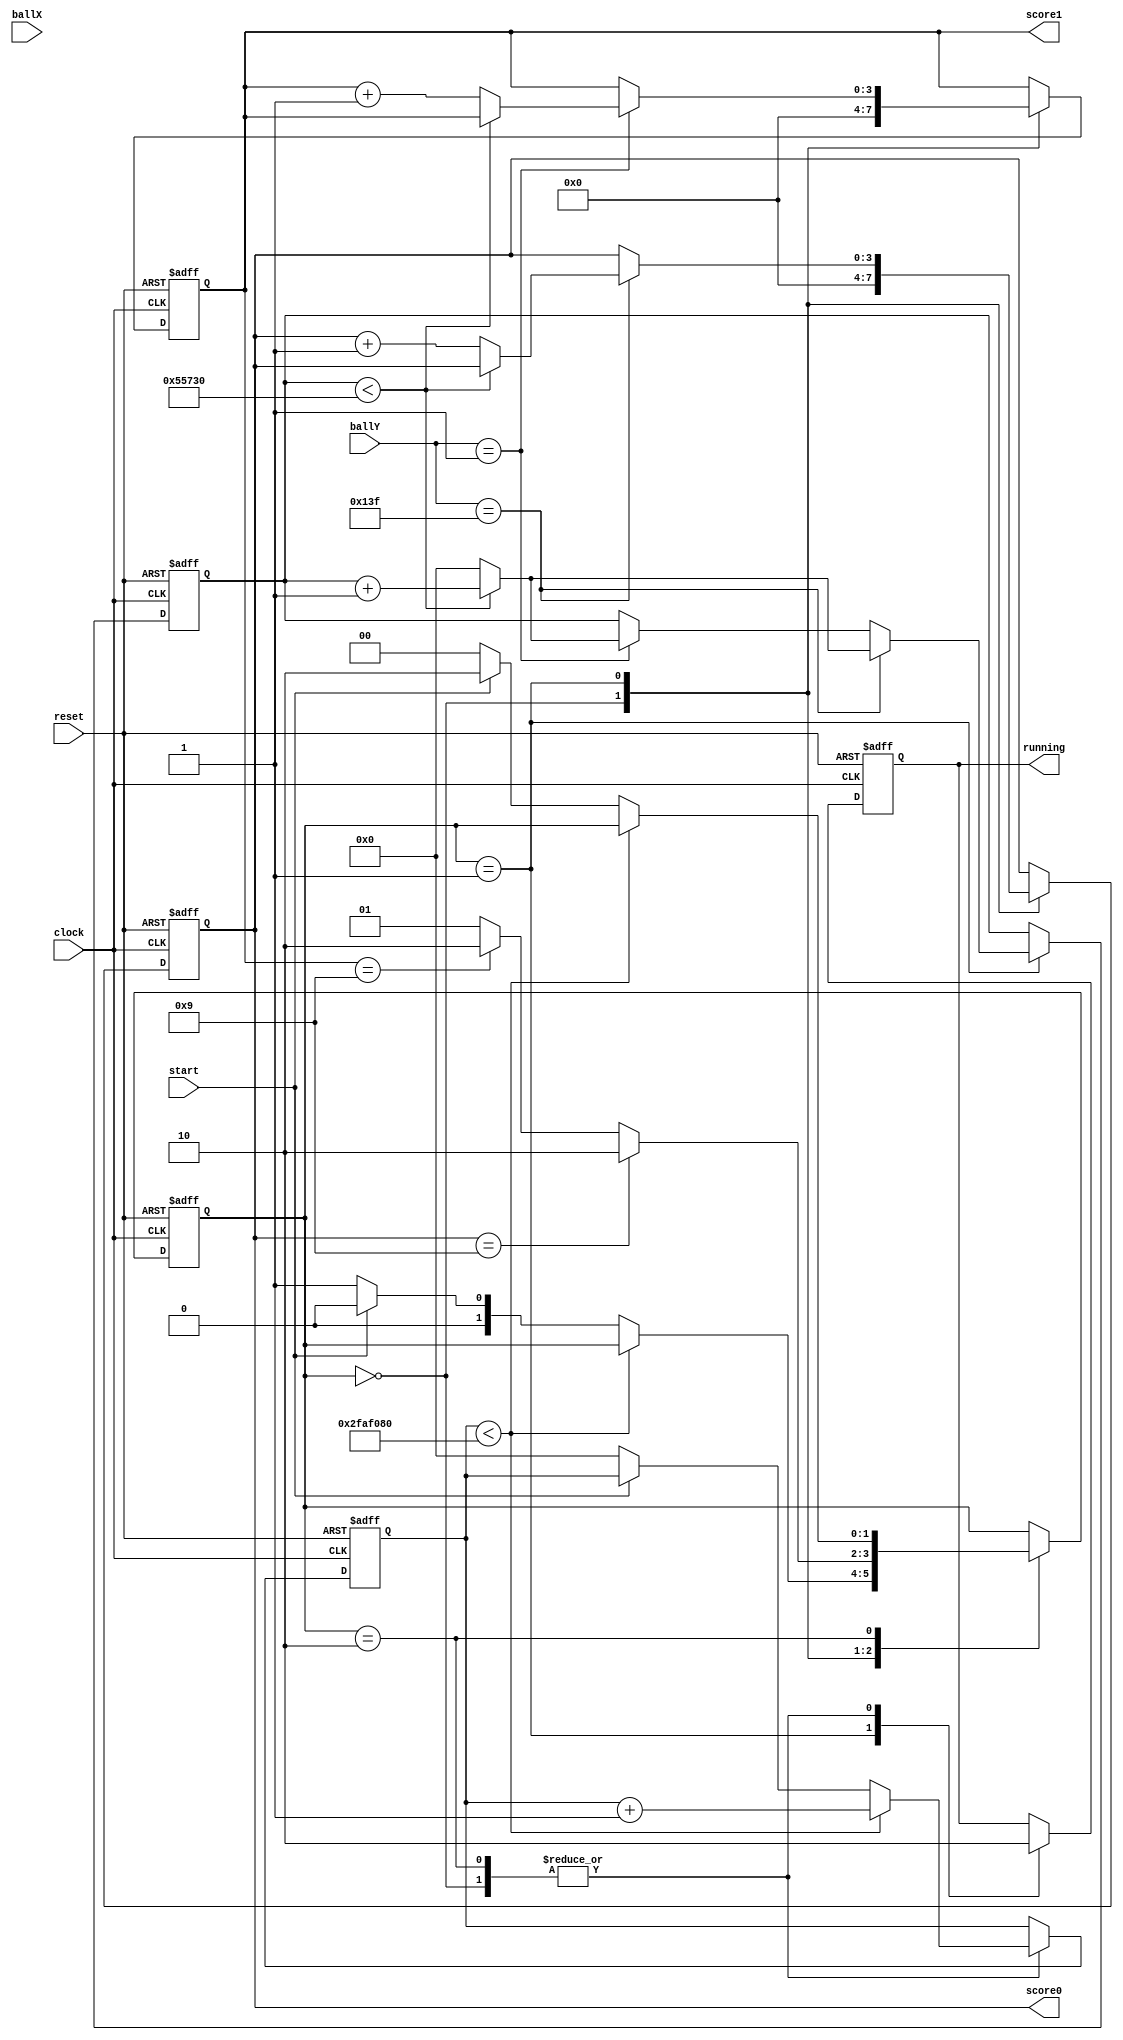
module PongFSM #(
	parameter SPEED = 500000,
	parameter HEIGHT = 320
)(
	input clock,
   input reset,
   input start,
	
	input [7:0]	ballX,
	input [8:0] ballY,
	
	output reg running,
	output reg [3:0] score0,
	output reg [3:0] score1
);

//invert input
wire nstart = ~start;

//game parameter
localparam MAXSCORE = 9;
localparam MOD_SPEED = SPEED - 150000;
localparam SEC = 50000000;

//FSM registers
reg [1:0] state;
reg [31:0] ballCount;
reg [31:0] secCount;

//states
localparam WAITING = 2'b00;
localparam RUNNING = 2'b01;
localparam GAMEOVER = 2'b10;

//the state machine, the displayed messages handled by separate 7seg manager
always @ (posedge clock or posedge reset) begin

	if (reset) begin
	
		score0 <= 4'b0;
		score1 <= 4'b0;
		running <= 1'b0;
		ballCount <= 32'b0;
		secCount <= 32'b0;
		state <= WAITING;
		
	end else begin
	
		case (state)
		
		//wait for button press, display "pong"
		WAITING: begin
			
			score0 <= 4'b0;
			score1 <= 4'b0;
			running <= 1'b0;
			
			//wait a sec first so key press from game over screen does not get picked up.
			if (secCount < SEC) begin
			
				secCount <= secCount + 1'b1;
				
			end else begin
			
				if (nstart == 1'b1) begin
				
					secCount <= 32'b0;
					state <= RUNNING;
					
				end else begin
				
					state <= WAITING;
					
				end
			end
		end
		
		//give points when ball lands at edge of screen, end game when points limit reached
		RUNNING: begin
		
			running <= 1'b1;

			//wait MOD_SPEED amount of clock cycles before awarding a point so the ball moves on to the next pixel
			if (ballY == 1) begin
			
				if (ballCount < MOD_SPEED) begin
				
					ballCount <= ballCount + 1;
					
				end else begin
				
					ballCount <= 0;
					score1 <= score1 + 4'b1;
					
				end
					
			end 
			
			if (ballY == HEIGHT - 1) begin
			
				if (ballCount < MOD_SPEED) begin
				
					ballCount <= ballCount + 1;
					
				end else begin
				
					ballCount <= 0;
					score0<= score0 + 4'b1;
					
				end
				
			end
			
			if (score0 == MAXSCORE) begin
			
				state <= GAMEOVER;
				
			end else if (score1 == MAXSCORE) begin
			
				state <= GAMEOVER;
				
			end else begin
				
				state <= RUNNING;
				
			end
			
		end
		
		//display "p1" or "p2" based on who won and go back to WAITING when button press
		GAMEOVER: begin
		
			running <= 1'b0;
			
			//wait a sec first so key press from the finished game does not get picked up.
			if (secCount < SEC) begin
			
				secCount <= secCount + 1'b1;
				
			end else begin
			
				if (nstart == 1'b1) begin
				
					secCount <= 32'b0;
					state <= WAITING;
					
				end else begin
				
					state <= GAMEOVER;
					
				end
			end
		end
		
		endcase
	end
end	


endmodule